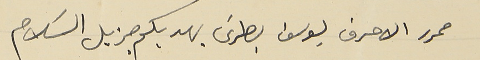
محرر الاحرف يوسف بطرسَ يهديكم جزيل السَلام